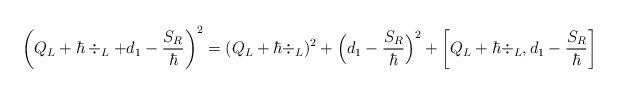
LaTeX: \begin{align*} \left(Q_L + \hbar\div_L + d_1 - \frac{S_R}{\hbar}\right)^2 &= (Q_L + \hbar\div_L)^2 + \Big(d_1 -\frac{S_R}{\hbar}\Big)^2 + \left[Q_L + \hbar \div_L, d_1 - \frac{S_R}{\hbar}\right] \end{align*}